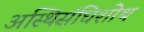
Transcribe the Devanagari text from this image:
अस्थिसंधिशोथ